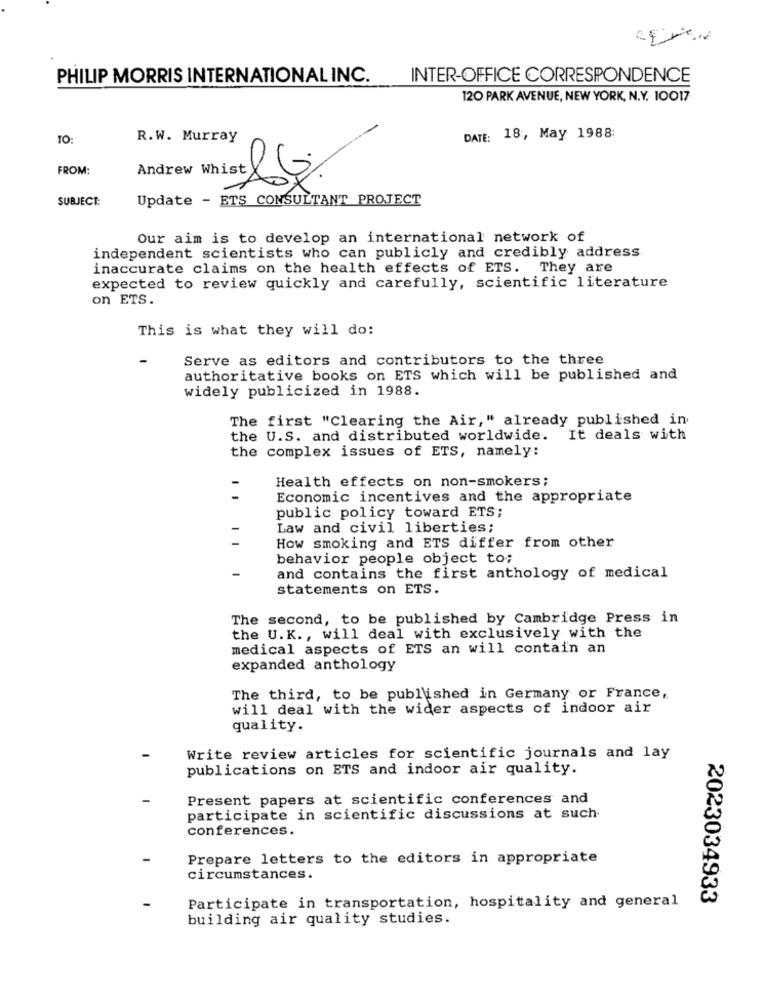
PHILIP MORRIS INTERNATIONAL INC.
INTER-OFFICE CORRESPONDENCE
120 PARK AVENUE, NEW YORK, N.Y. 10017
TO:
R.W. Murray
DATE: 18 :, May 1988:
FROM:
SUBJECT:
Update - ETS CONSULTANT PROJECT
Our aim is to develop an international network of
independent scientists who can publicly and credibly address.
inaccurate claims on the health effects of ETS. They are
expected to review quickly and carefully, scientific literature
on ETS.
This is what they will do:
-
Serve as editors and contributors to the three
authoritative books on ETS which will be published and
widely publicized in 1988.
The first "Clearing the Air," already published in
the U.S. and distributed worldwide. It deals with
the complex issues of ETS, namely:
Health effects on non-smokers;
Economic incentives and the appropriate
public policy toward ETS;
-
Law and civil liberties;
How smoking and ETS differ from other
behavior people object to;
-
and contains the first anthology of medical
statements on ETS.
The second, to be published by Cambridge Press in
the U.K ., will deal with exclusively with the
medical aspects of ETS an will contain an
expanded anthology
The third, to be published in Germany or France,
will deal with the wider aspects of indoor air
quality.
Write review articles for scientific journals and lay
publications on ETS and indoor air quality.
Present papers at scientific conferences and
participate in scientific discussions at such
conferences.
Prepare letters to the editors in appropriate
circumstances.
2023034933
Participate in transportation, hospitality and general
building air quality studies.